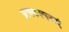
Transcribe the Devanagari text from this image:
प्राक्कल्पनाएं